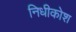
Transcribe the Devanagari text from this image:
निधीकोश